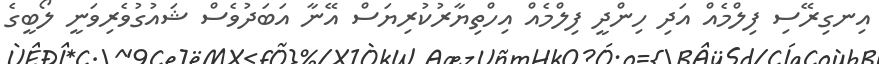
އިނގިރޭސި ފިލްމެއް އަދި ހިންދީ ފިލްމެއް އިހްތިޔާރުކުރިޔަސް އޭނާ އަބަދުވެސް ޝައުގުވެރިވަނީ ލޯބީގެ